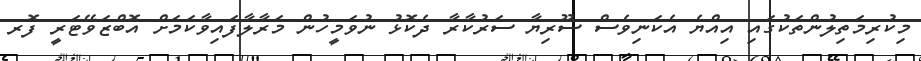
މިކުރިމަތިލުންތަކުގައި އިއްޔެ އެކަނިވެސް ސޫރިޔާ ސަރުކާރާ ދެކޮޅު ނުވަމީހުން މަރާލާފައިވާކަމަށް އޮބްޒަވޭޓަރީ ފޮރ